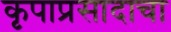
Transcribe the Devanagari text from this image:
कृपाप्रसादाचा